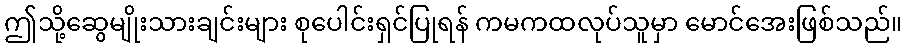
ဤသို့ဆွေမျိုးသားချင်းများ စုပေါင်းရှင်ပြုရန် ကမကထလုပ်သူမှာ မောင်အေးဖြစ်သည်။